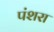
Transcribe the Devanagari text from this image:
पंशरा